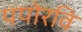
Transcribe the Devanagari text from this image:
पपोरवि